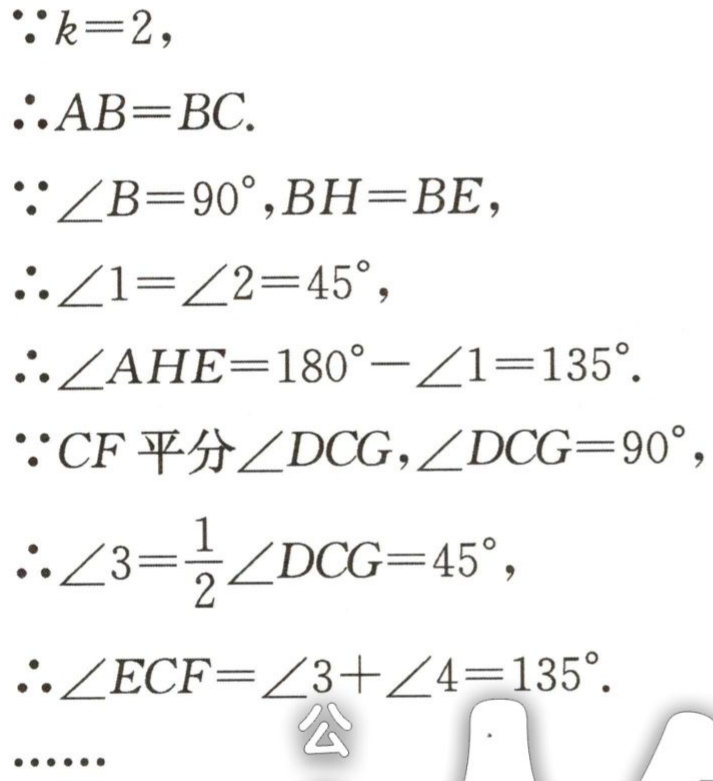
\begin{align*}
&\because k = 2,\\
&\therefore AB = BC.\\
&\because\angle B = 90^{\circ}, BH = BE,\\
&\therefore\angle 1=\angle 2 = 45^{\circ},\\
&\therefore\angle AHE = 180^{\circ}-\angle 1 = 135^{\circ}.\\
&\because CF\text{ 平分 }\angle DCG,\angle DCG = 90^{\circ},\\
&\therefore\angle 3=\frac{1}{2}\angle DCG = 45^{\circ},\\
&\therefore\angle ECF=\angle 3+\angle 4 = 135^{\circ}.
\end{align*}